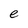
Character: e